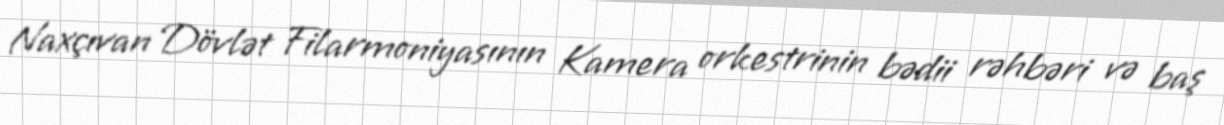
Naxçıvan Dövlət Filarmoniyasının Kamera orkestrinin bədii rəhbəri və baş